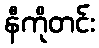
နီကိုတင်း